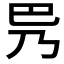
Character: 𫶵